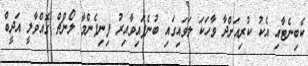
ކެބިނެޓާއި އެކު ކުރިއަށްދާ ވާހަކަ ލަވައިގައި ބުނެފައިވާއިރު ފިނިފެންމާ ލޯންޗް ގޮއްވާލީ އަދީބް